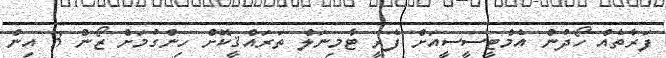
ފަރާތެއް ހޯދުން އެމްޓީސީސީއަށް ފެރީ ޓާމިނަލް ތަރައްޤީކޮށް ހިންގުމަށް ޒޯން 3 އިން